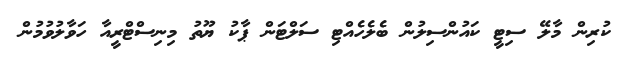
ކުރިން މާލޭ ސިޓީ ކައުންސިލުން ބެލެހެއްޓި ސަލްޓަން ޕާކު ޔޫތު މިނިސްޓްރީއާ ހަވާލުވުމުން